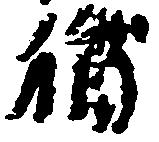
猶